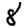
Digit: 8